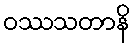
ဝဿသတာနိ